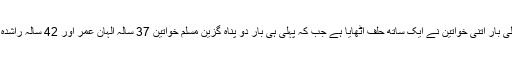
امریکی کانگریس کی تاریخ میں پہلی بار اتنی خواتین نے ایک ساتھ حلف اُٹھایا ہے جب کہ پہلی ہی بار دو پناہ گزین مسلم خواتین 37 سالہ الہان عمر اور 42 سالہ راشدہ طالب نے قران پاک پر حلف اٹھایا۔